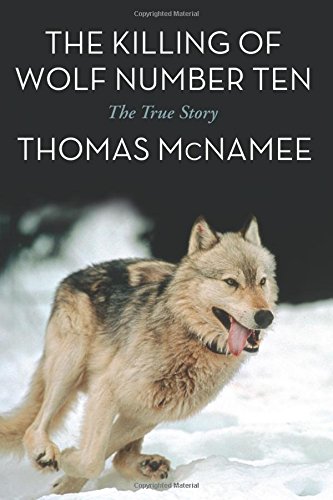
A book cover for The Killing of Wolf Number Ten: The True Story; Thomas McNamee; Science & Math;